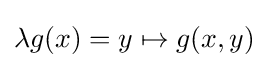
\lambda g(x)=y\mapsto g(x,y)